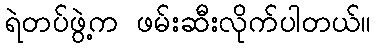
ရဲတပ်ဖွဲ့က ဖမ်းဆီးလိုက်ပါတယ်။